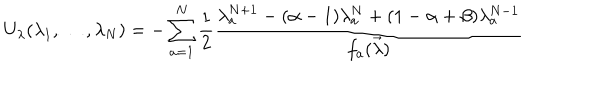
U _ { \lambda } ( \lambda _ { 1 } , \dots , \lambda _ { N } ) = - \sum _ { a = 1 } ^ { N } \frac { 1 } { 2 } \frac { \lambda _ { a } ^ { N + 1 } - ( \alpha - 1 ) \lambda _ { a } ^ { N } + ( 1 - \alpha + \beta ) \lambda _ { a } ^ { N - 1 } } { f _ { a } ( \vec { \lambda } ) }